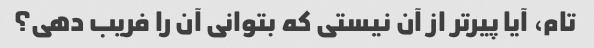
تام، آیا پیرتر از آن نیستی که بتوانی آن را فریب دهی؟